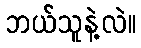
ဘယ်သူနဲ့လဲ။